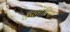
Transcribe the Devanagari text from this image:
कॅलाब्रिया